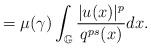
LaTeX: \begin{align*}=\mu(\gamma)\int_{\mathbb{G}}\frac{|u(x)|^{p}}{q^{ps}(x)}dx.\end{align*}